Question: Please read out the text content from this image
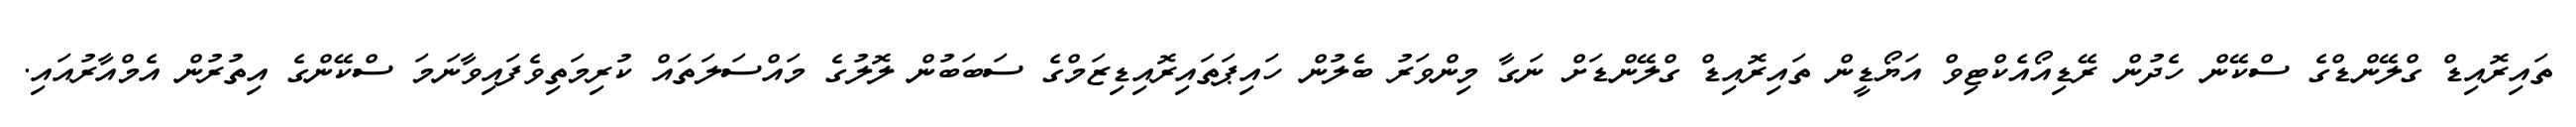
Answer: ތައިރޮއިޑް ގްލޭންޑްގެ ސްކޭން ހެދުން ރޭޑިއޯއެކްޓިވް އަޔޯޑީން ތައިރޮއިޑް ގްލޭންޑަށް ނަގާ މިންވަރު ބެލުން ހައިޕަތައިރޮއިޑިޒަމްގެ ސަބަބުން ލޮލުގެ މައްސަލަތައް ކުރިމަތިވެފައިވާނަމަ ސްކޭންގެ އިތުރުން އެމްއާރުއައި.